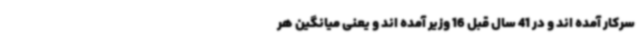
سرکار آمده اند و در 41 سال قبل 16 وزیر آمده اند و یعنی میانگین هر